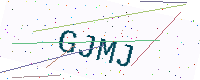
Text: GJMJ